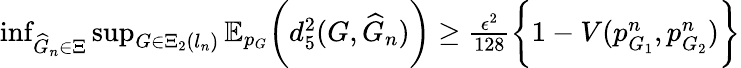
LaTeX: \begin{array}{r}{\operatorname*{inf}_{\widehat{G}_{n}\in\Xi}\operatorname*{sup}_{G\in\Xi_{2}(l_{n})}\mathbb{E}_{p_{G}}\biggr(d_{5}^{2}(G,\widehat{G}_{n})\biggr)\geq\frac{\epsilon^{2}}{128}\biggr\{ 1-V(p_{G_{1}}^{n},p_{G_{2}}^{n})\biggr\} }\end{array}